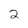
Character: 2